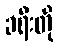
ခရီးတို